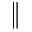
\|